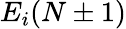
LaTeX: E_{i}(N\pm 1)